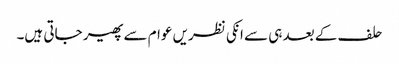
حلف کے بعد ہی سے انکی نظریں عوام سے پھیر جاتی ہیں۔